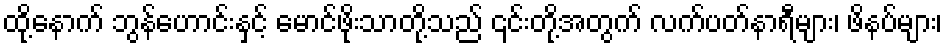
ထို့နောက် ဘွန်ဟောင်းနှင့် မောင်ဖိုးသာတို့သည် ၎င်းတို့အတွက် လက်ပတ်နာရီများ၊ ဖိနပ်များ၊